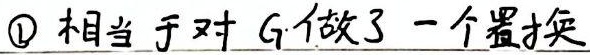
\textcircled{1} 相当于对 \(G\) 做了一个置换